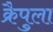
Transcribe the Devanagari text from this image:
क्रैपुला